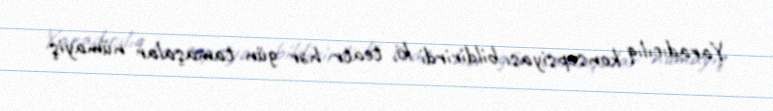
Yaradıcılıq konsepsiyası bildirirdi ki, teatr hər gün tamaşalar nümayiş